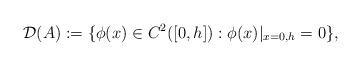
LaTeX: \begin{align*}\mathcal{D}(A):=\{\phi(x) \in C^2([0,h]): \phi(x)|_{x=0,h}=0\},\end{align*}